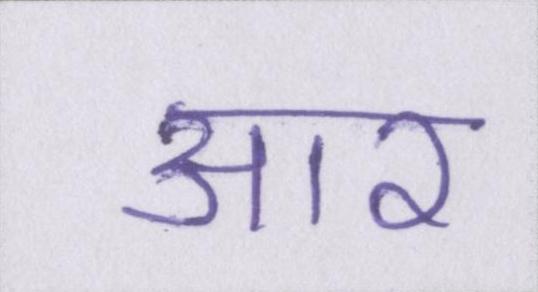
आर